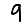
Digit: 9